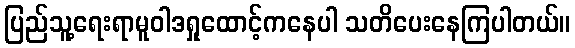
ပြည်သူ့ရေးရာမူဝါဒရှုထောင့်ကနေပါ သတိပေးနေကြပါတယ်။